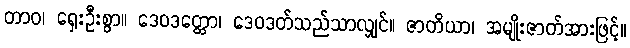
တာဝ၊ ရှေးဦးစွာ။ ဒေဝဒတ္တော၊ ဒေဝဒတ်သည်သာလျှင်။ ဇာတိယာ၊ အမျိုးဇာတ်အားဖြင့်။